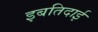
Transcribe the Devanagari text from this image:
इबतिदाई